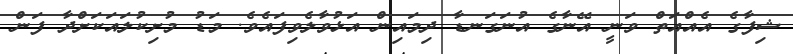
ޝިފާގެ އެއްއަތް ވަނީ އޭނާގެ އުނަގަނޑާ ދިމައިން އަޅުވާލެވިފައެވެ. މަޑު މުށިކުލައަކަށްދާ ފަން